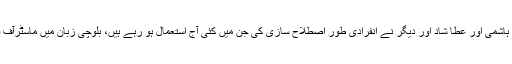
انہوں نے کہا کہ1960کی دہائی میں بلوچی زبان میں سید ظہورشاہ ہاشمی اور عطا شاد اور دیگر نے انفرادی طور اصطلاح سازی کی جن میں کئی آج استعمال ہو رہے ہیں، بلوچی زبان میں ماسٹرآف فلاسفی اور ڈاکٹرآف فلاسفی میں مقالوں کا معیارغیرتسلی بخش ہے ۔